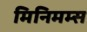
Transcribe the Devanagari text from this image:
मिनिमम्स